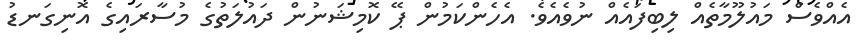
އެއްވެސް މައުލޫމާތެއް ލިބިފައެއް ނުވެއެވެ. އެހެންކަމުން ޕޭ ކޮމިޝަނުން ދައުލަތުގެ މުސާރައިގެ އޮނިގަނޑު